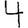
Digit: 4